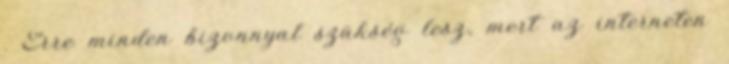
. Erre minden bizonnyal szükség lesz, mert az interneten